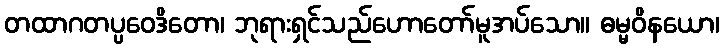
တထာဂတပ္ပဝေဒိတော၊ ဘုရားရှင်သည်ဟောတော်မူအပ်သော။ ဓမ္မဝိနယော၊